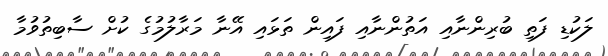
ލަކުޑި ފަތި ބުރިންނާއި އަތުންނާއި ފައިން ތަޅައި އޭނާ މަރާލުމުގެ ކުށް ސާބިތުވުމާ